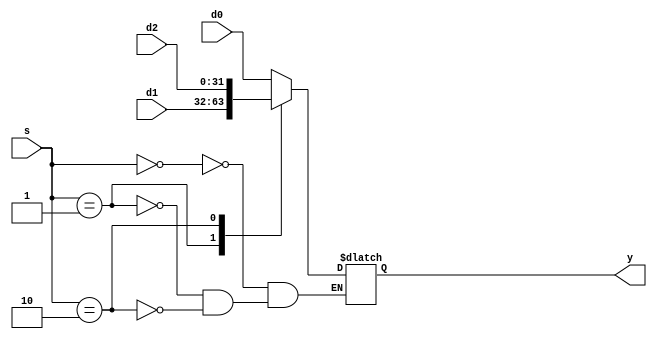
`timescale 1ns/1ns


module mux3 (d0,d1,d2,s,y);

parameter n=32;

input [n-1:0] d0,d1,d2;
input [1:0] s;
output reg [n-1:0] y;

always @* begin

    case(s)
        2'b00: y<=d0;
        2'b01: y<=d1;
        2'b10: y<=d2;
    endcase
    
end

endmodule